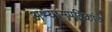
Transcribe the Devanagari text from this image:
अभ्यासपत्रिकांचे